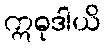
ဣဓုဒါယိ